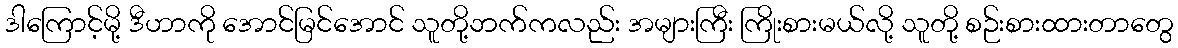
ဒါကြောင့်မို့ ဒီဟာကို အောင်မြင်အောင် သူတို့ဘက်ကလည်း အများကြီး ကြိုးစားမယ်လို့ သူတို့ စဉ်းစားထားတာတွေ